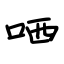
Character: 哂